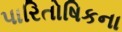
પારિતોષિકના